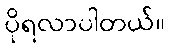
ပိုရလာပါတယ်။